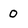
Character: 0